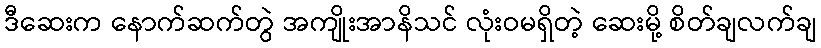
ဒီဆေးက နောက်ဆက်တွဲ အကျိုးအာနိသင် လုံးဝမရှိတဲ့ ဆေးမို့ စိတ်ချလက်ချ